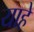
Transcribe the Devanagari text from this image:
याहे